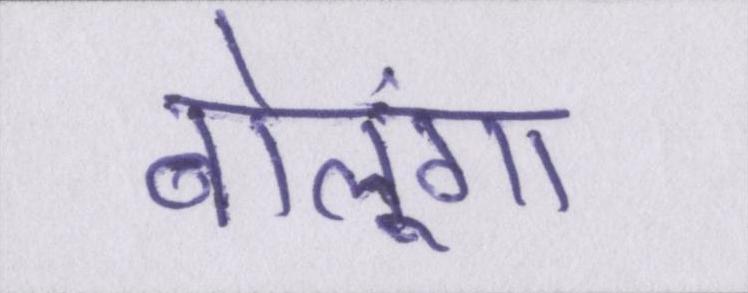
बोलूंगा